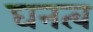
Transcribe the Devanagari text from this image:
घनत्‍व